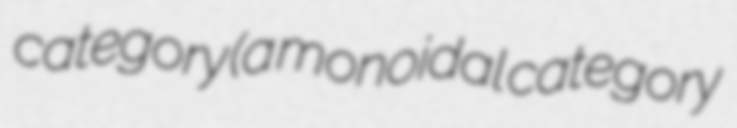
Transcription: category (a monoidal category